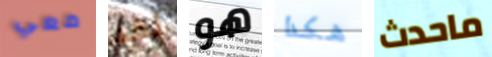
معي لقد هو هكذا ماحدث